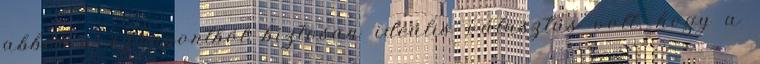
abból a szempontból biztosan ideális választás volt, hogy a